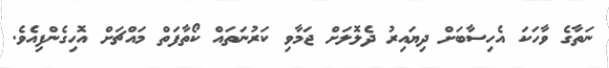
ނަތާގެ ވާހަކަ އެހިސާބަށް ދިޔައިރު ދެލޮލަށް ޖަމާވި ކަރުނަތައް ކޯތާފަތް މައްޗަށް އޮހިގެންފިއެވެ.